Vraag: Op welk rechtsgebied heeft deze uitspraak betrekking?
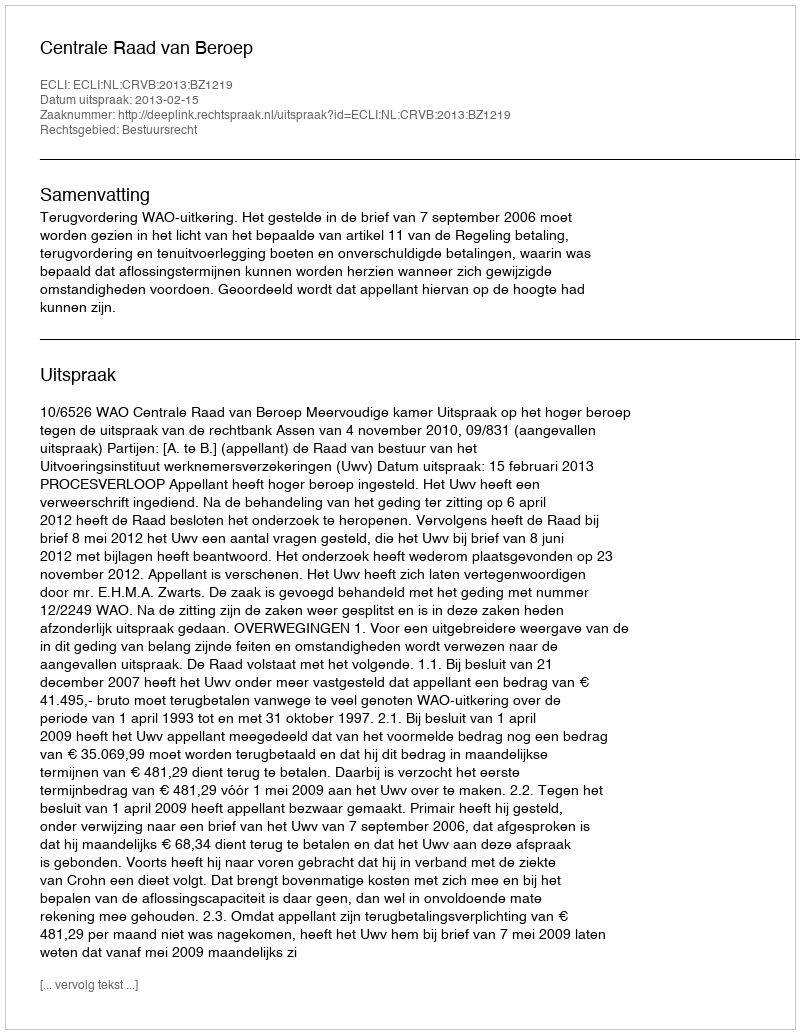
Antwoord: Bestuursrecht